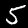
Label: 5